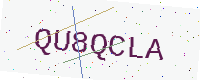
Text: QU8QCLA